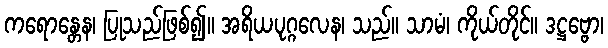
ကရောန္တေန၊ ပြုသည်ဖြစ်၍။ အရိယပုဂ္ဂလေန၊ သည်။ သာမံ၊ ကိုယ်တိုင်။ ဒဋ္ဌဗ္ဗော၊